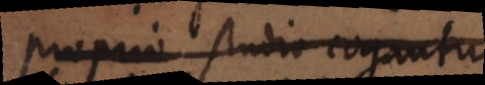
proprio studio cogantur,